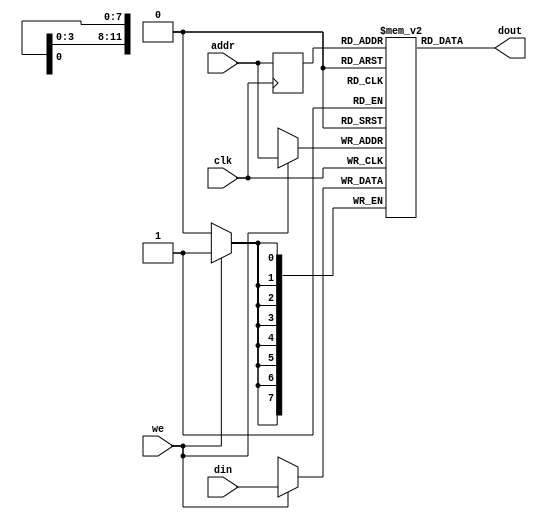
// Listing 12.2
// Single-port RAM with synchronous read
// Modified from XST 8.1i v_rams_07

module xilinx_one_port_ram_sync
   #(
     parameter ADDR_WIDTH = 12,
               DATA_WIDTH = 8
   )
   (
    input wire clk,
    input wire we,
    input wire [ADDR_WIDTH-1:0] addr,
    input wire [DATA_WIDTH-1:0] din,
    output wire [DATA_WIDTH-1:0] dout
   );

   // signal declaration
   reg [DATA_WIDTH-1:0] ram [2**ADDR_WIDTH-1:0];
   reg [ADDR_WIDTH-1:0] addr_reg;

   // body
   always @(posedge clk)
   begin
      if (we)  // write operation
        ram[addr] <= din;
      addr_reg <= addr;
   end
   // read operation
   assign dout = ram[addr_reg];

endmodule